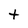
Character: t